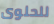
للحلوى